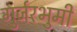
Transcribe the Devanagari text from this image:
गुर्जरभुमी